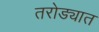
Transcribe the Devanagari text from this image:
तरोड्यात